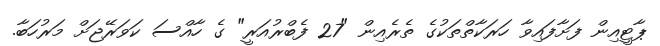
ޕާޓީއިން ފަށާފައިވާ ހަރަކާތްތަކުގެ ތެރެއިން "27 ފެބްރުއަރީ" ގެ ހާއްސަ ކަވަރޭޖަށް މަރުހަބާ.